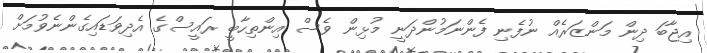
އިޖާބަ ދިން މަންޒަރެއް ނުފެނި ފެންނަމުންދަނީ މުޅިން ވެސް އިންތިހާބީ ރައީސްގެ އެދިވަޑައިގެންނެވުމަށް